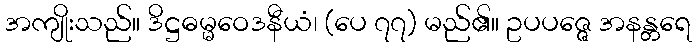
အကျိုးသည်။ ဒိဋ္ဌဓမ္မဝေဒနီယံ၊ (ပေ ၇၇) မည်၏။ ဥပပဇ္ဇေ အနန္တရေ